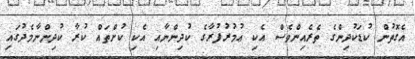
އެގޮތުން ކުޑަކުދިންގެ ތެރެއިންވެސް އެކި ޢުމުރުފުރާގެ ކުދިންނާއި އެކި ކުށްތައް ކުރާ ކުދިންނާމެދުގައި